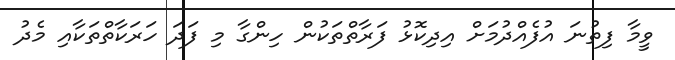
ވީމާ ފިތުނަ އުފެއްދުމަށް އިދިކޮޅު ފަރާތްތަކުން ހިންގާ މި ފަދަ ހަރަކާތްތަކާއި މެދު